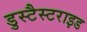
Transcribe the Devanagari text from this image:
डुस्टैस्टराइड